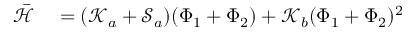
\begin{array} { r l } { \bar { \mathcal { H } } } & { { } = ( \mathcal { K } _ { a } + \mathcal { S } _ { a } ) ( \Phi _ { 1 } + \Phi _ { 2 } ) + \mathcal { K } _ { b } ( \Phi _ { 1 } + \Phi _ { 2 } ) ^ { 2 } } \end{array}